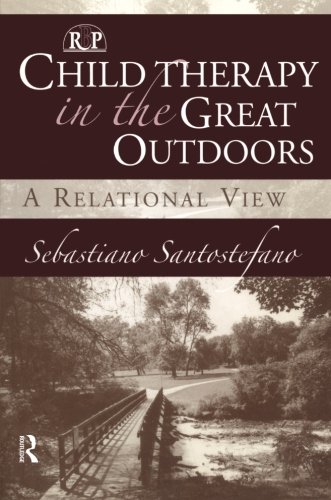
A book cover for Child Therapy in the Great Outdoors: A Relational View (Relational Perspectives Book Series); Sebastiano Santostefano; Medical Books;